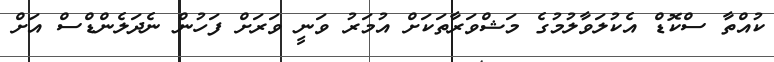
ކުއްތާ ސްކޮޑް އެކުލަވާލުމުގެ މަޝްވަރާތަކަށް އުމަރު ވަނީ ވަރަށް ފަހުން ނެދަލެންޑްސް އަށް